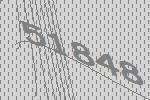
51848